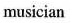
musician